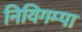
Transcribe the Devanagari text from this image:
नियिगम्‍पा